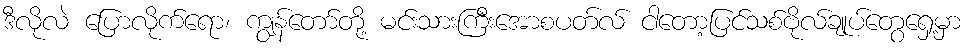
ဒီလိုလဲ ပြောလိုက်ရော၊ ကျွန်တော်တို့ မင်းသားကြီးအောစပတ်လ် ငါတော့ပြင်သစ်ဗိုလ်ချုပ်တွေရှေ့မှာ